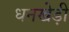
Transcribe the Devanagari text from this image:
धनखेड़ी